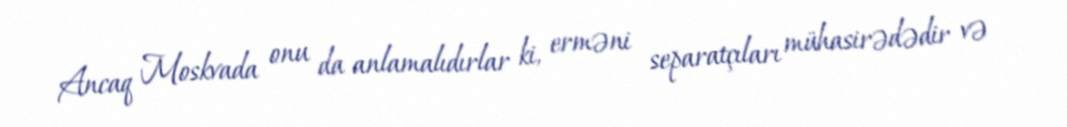
Ancaq Moskvada onu da anlamalıdırlar ki, erməni separatçıları mühasirədədir və